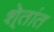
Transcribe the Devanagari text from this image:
शे्तांत